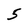
Character: 5